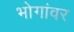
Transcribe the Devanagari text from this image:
भोगांवर